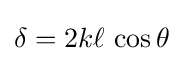
\delta =2k\ell \,\cos \theta